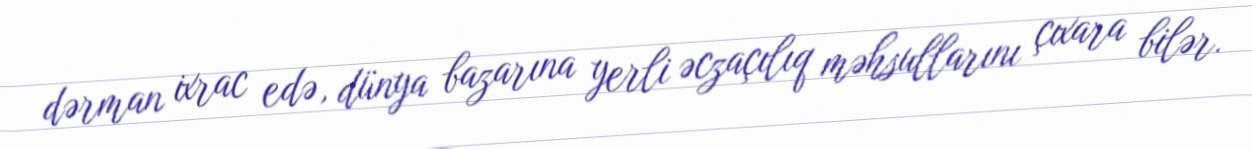
dərman ixrac edə, dünya bazarına yerli əczaçılıq məhsullarını çıxara bilər.